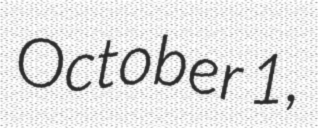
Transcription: October 1,